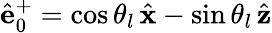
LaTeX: \hat{\mathbf e}_{0}^{+}=\cos\theta_{l}\, \hat{\mathbf x}-\sin\theta_{l}\, \hat{\mathbf z}